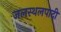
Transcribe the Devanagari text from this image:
जलस्थलपादी